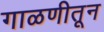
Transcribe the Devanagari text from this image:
गाळणीतून